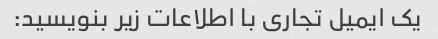
یک ایمیل تجاری با اطلاعات زیر بنویسید: